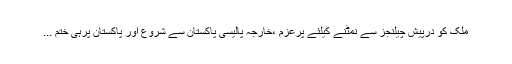
ملک کو درپیش چیلنجز سے نمٹنے کیلئے پرعزم ،خارجہ پالیسی پاکستان سے شروع اور پاکستان پرہی ختم ...